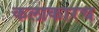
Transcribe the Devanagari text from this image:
कलाकारच